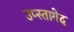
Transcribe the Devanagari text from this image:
उप्स्तागेद